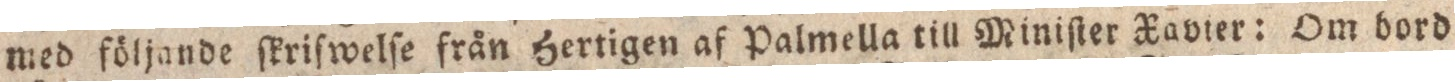
med följande ſkriſwelſe från Hertigen af Palmella till Miniſter Xavter: Om bord